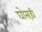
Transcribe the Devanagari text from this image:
घोसड़ी